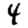
Digit: 4